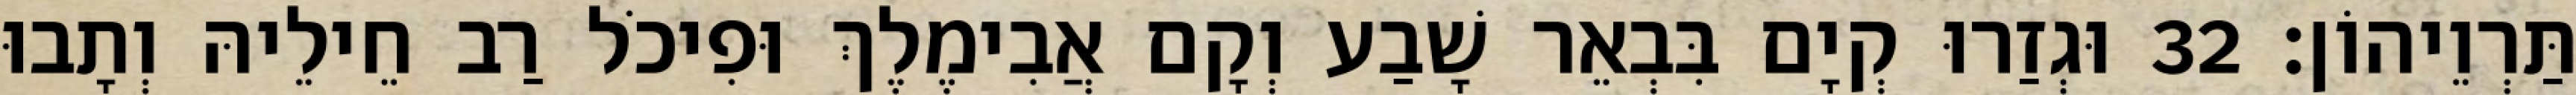
תַּרְוֵיהוֹן׃ 32 וּגְזַרוּ קְיָם בִּבְאֵר שָׁבַע וְקָם אֲבִימֶלֶךְ וּפִיכֹל רַב חֵילֵיהּ וְתָבוּ